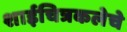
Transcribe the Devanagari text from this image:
शाईचित्रकलेचे